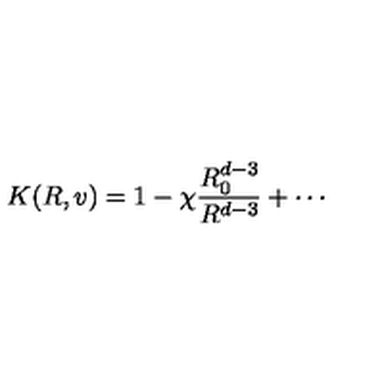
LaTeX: K ( R , v ) = 1 - \chi \frac { R _ { 0 } ^ { d - 3 } } { R ^ { d - 3 } } + \cdots